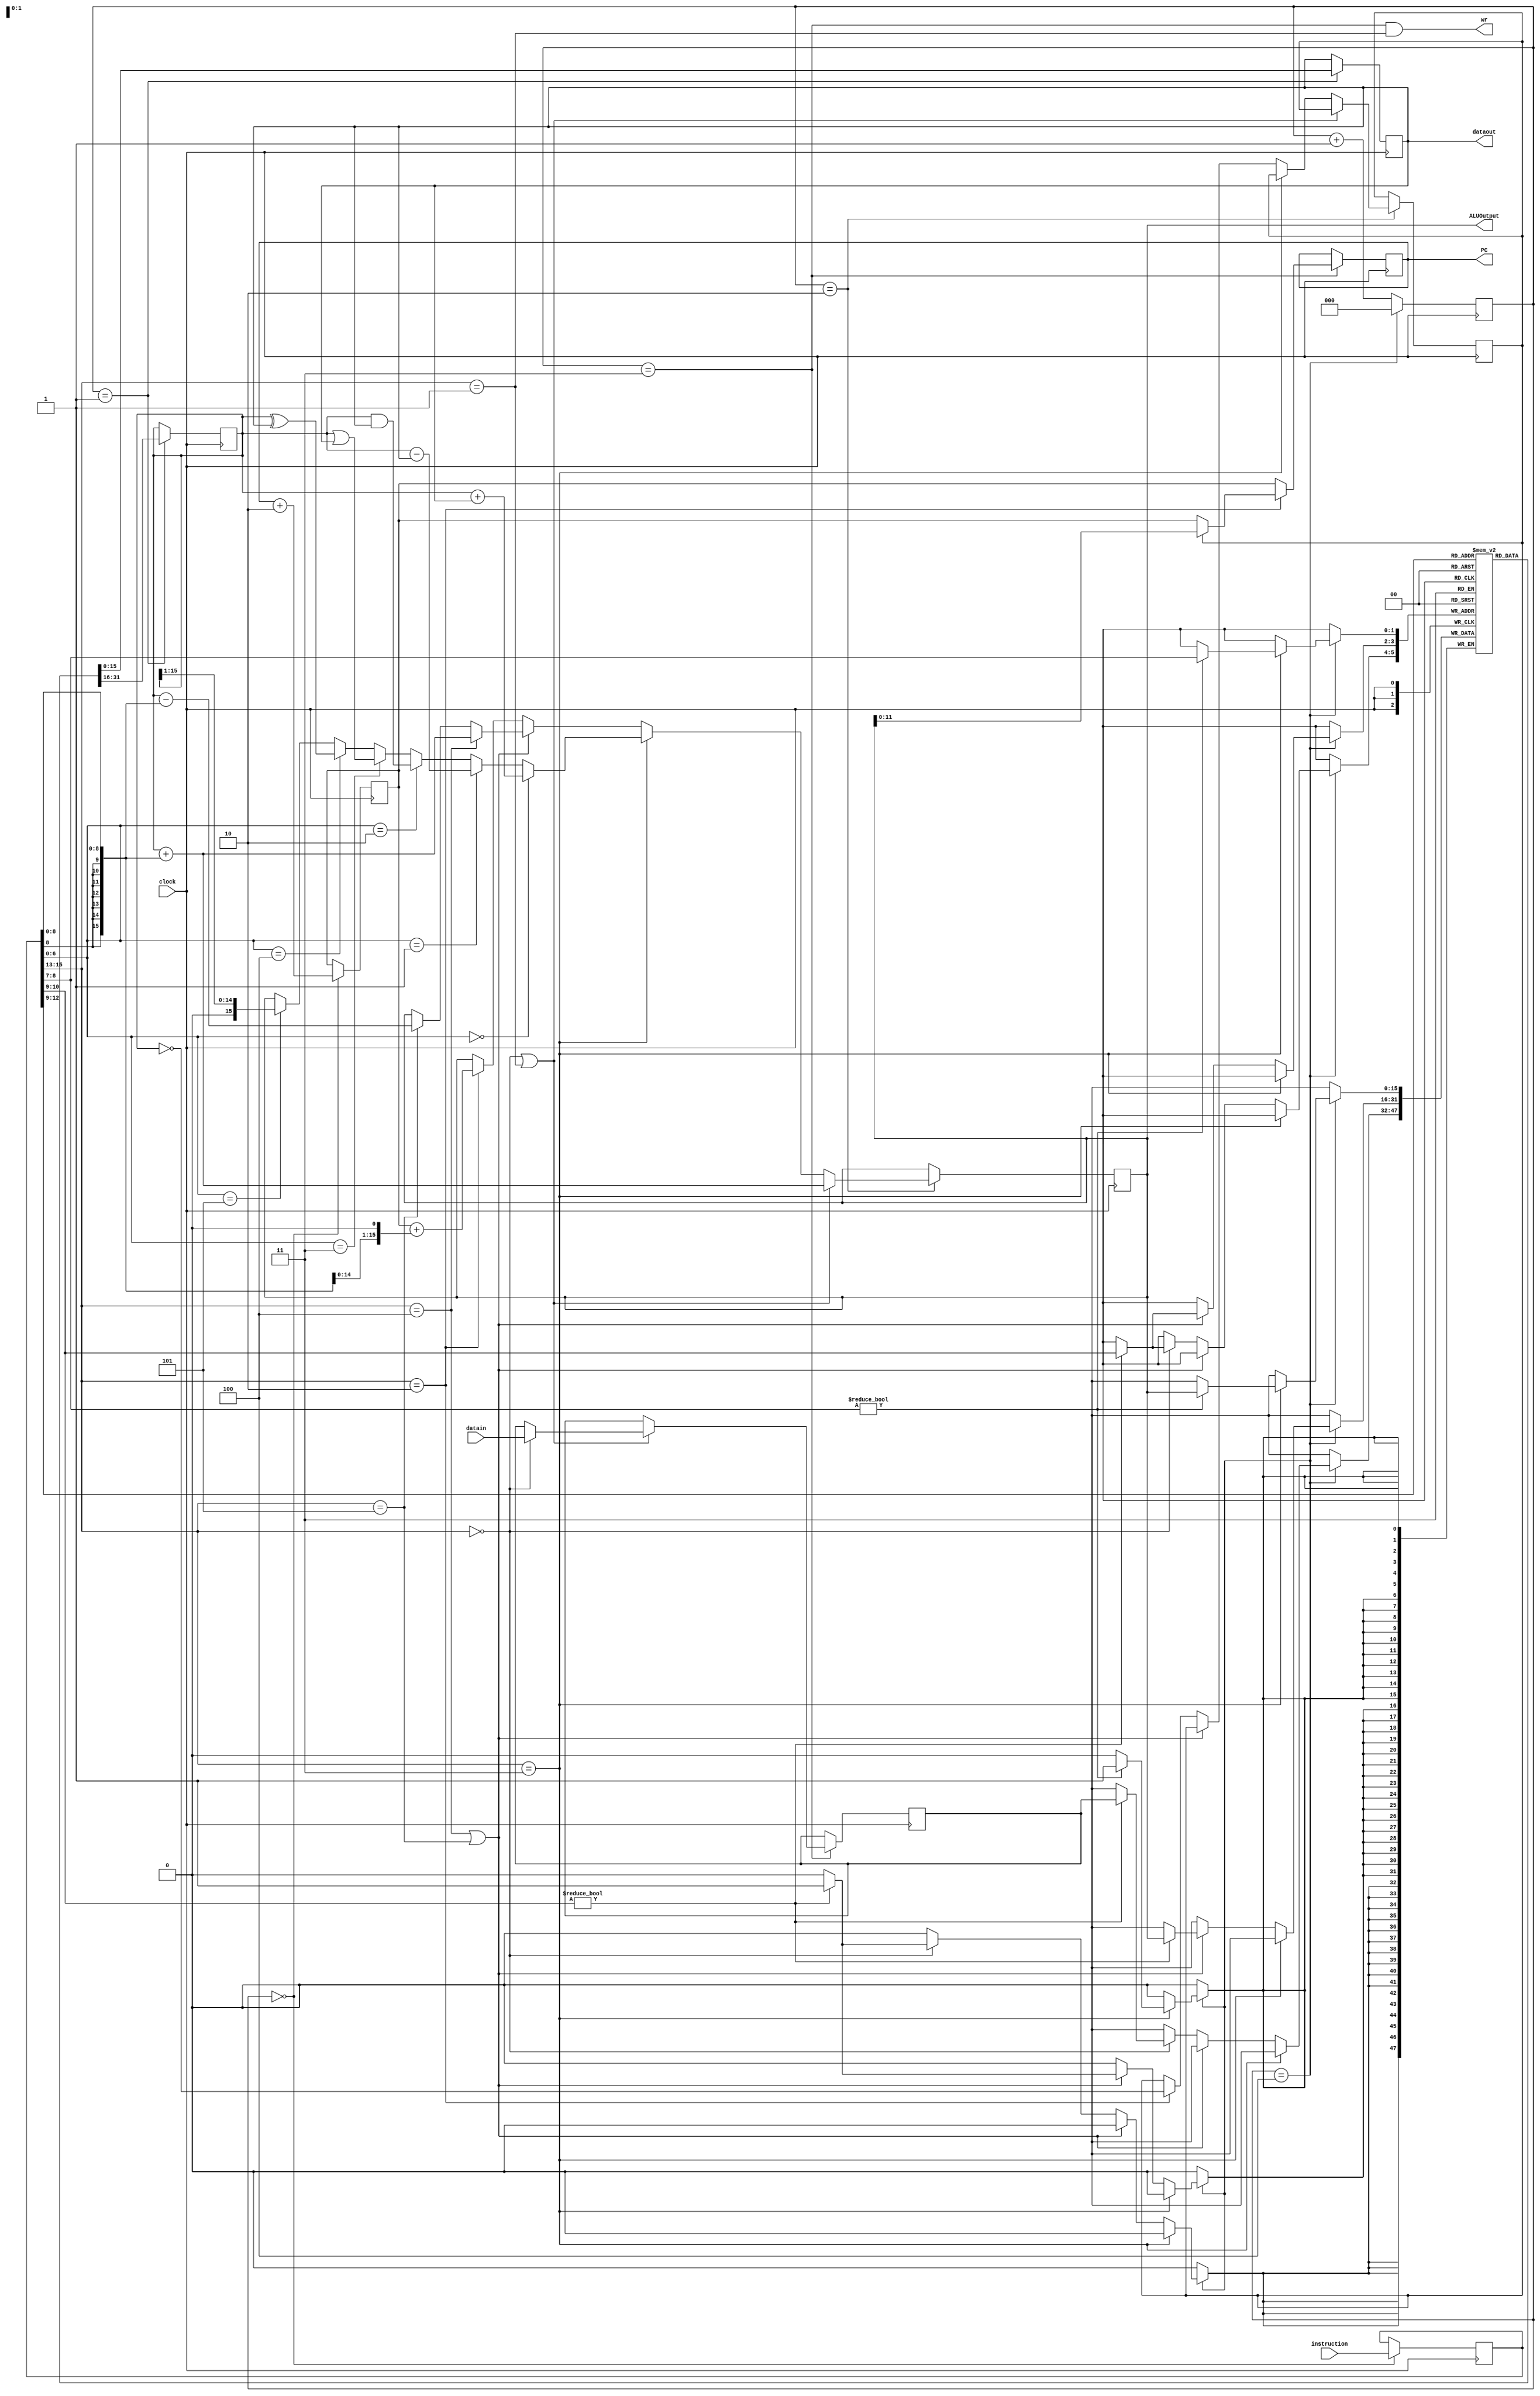
// Very Simple Architecture 16-bit. Revision A.
//

// This very simple microprocessor is vaguely inspired to Hennessy and
// Patterson's DLX. It has been further simplified to make it amenable
// to reachability analysis.
//
// This processor has no pipelining and no interrupts.
// The instruction sets consists of a handful of must-have:
//     LW
//     SW
//     BEQZ
//     ADD(I)  [i.e., both ADD and ADDI]
//     SUB(I)
//     AND
//     OR
//     XOR
//     SRL
//
// All instructions are 16 bits and they have one of two formats (width of
// the fields in parentheses):
//
// R-format: opcode (3) source1 (2) source2 (2) destination (2) function (7)
// I-format: opcode (3) source1 (2) destination (2) immediate (9)
//
// The R-format instructions are: ADD, SUB, AND, OR, XOR, SRL. 
// The other instructions are I-format.
//
// There are 3 general-purpose 16-bit registers (R1, R2, R3) that can act as
// source or destinations for the various instructions. R0 is always 0.
//
// All instructions execute in exactly 5 clock cycles.
// The program counter has only 12 bits to reduce the sequential depth
// of the FSM.

module vsa16a(clock,PC,instruction,ALUOutput,datain,dataout,wr);
    input	  clock;		// master clock
    output [11:0] PC;			// instruction cache address
    input [0:15]  instruction;		// intruction cache data
    output [15:0] ALUOutput;		// data cache address
    input [15:0]  datain;		// data input bus
    output [15:0] dataout;		// data output bus
    output	  wr;

    reg [15:0]	  Registers[0:3];	// regiter file
    reg [11:0]	  PC;			// program counter
    reg [11:0]	  NPC;			// next program counter
    reg [0:15]	  IR;			// instruction register
    reg [15:0]	  A;			// first ALU operand
    reg [15:0]	  B;			// second ALU operand
    reg [15:0]	  ALUOutput;		// ALU output register
    reg		  Cond;			// comparison result
    reg [15:0]	  LMD;			// load memory data register
    reg [2:0]	  State;		// state for non-pipelined unit
    integer	  i;			// loop index

    // Interesting fields of the instruction register.
    wire [2:0]	  opcode = IR[0:2];
    wire [1:0]	  adFld1 = IR[3:4];
    wire [1:0]	  adFld2 = IR[5:6];
    wire [1:0]	  adFld3 = IR[7:8];
    wire [8:0]	  immFld = IR[7:15];
    wire [6:0]	  funFld = IR[9:15];

    // Control states.
    parameter	  IF = 3'd0,		// instruction fetch
		  ID = 3'd1,		// instruction decode
		  EX = 3'd2,		// execution
		  MEM = 3'd3,		// memory access
		  WB = 3'd4;		// write-back

    // Opcodes.
    parameter	  LW    = 3'd0,
		  SW    = 3'd1,
		  BEQZ  = 3'd2,
		  ALUop = 3'd3,
		  ADDI  = 3'd4,
		  SUBI  = 3'd5;

    // ALU function codes.
    parameter	  ADD = 7'd0,
		  SUB = 7'd1,
		  AND = 7'd2,
		  OR  = 7'd3,
		  XOR = 7'd4,
		  SRL = 7'd5;

    // Decoding of the instruction type.
    wire	  memRef = opcode == LW || opcode == SW;
    wire	  regRegALU = opcode == ALUop;
    wire	  regImmALU = opcode == ADDI || opcode == SUBI;
    wire	  branch = opcode == BEQZ;
    // Immediate operand with sign extension.
    wire [15:0]	  Imm = {{8{immFld[8]}},immFld[7:0]};

    // Combinational outputs.
    assign dataout = B;
    assign wr = (State == MEM) & (opcode == SW);

    // Initial state: all zero.
    initial begin
	for (i = 0; i < 4; i = i + 1)
	    Registers[i] = 16'd0;
	PC = 12'd0;
	NPC = 12'd0;
	IR = 16'd0;
	A = 16'd0;
	B = 16'd0;
	ALUOutput = 16'd0;
	Cond = 1'd0;
	LMD = 16'd0;
	State = IF;
    end // initial begin

    always @ (posedge clock) begin
	case (State)
	  IF: begin
	      NPC = PC + 12'd2;
	      IR = instruction;
	  end // case: IF
	  ID: begin
	      A = Registers[adFld1];
	      B = Registers[adFld2];
	  end // case: ID
	  EX: begin
	      if (memRef) begin
		  ALUOutput = A + Imm;
	      end // if (memRef)
	      else if (regRegALU) begin
		  if (funFld == ADD)
		      ALUOutput = A + B;
		  else if (funFld == SUB)
		      ALUOutput = A - B;
		  else if (funFld == AND)
		      ALUOutput = A & B;
		  else if (funFld == OR)
		      ALUOutput = A | B;
		  else if (funFld == XOR)
		      ALUOutput = A ^ B;
		  else if (funFld == SRL)
		      ALUOutput = {1'd0,A[15:1]};
	      end // if (regRegALU)
	      else if (regImmALU) begin
		  if (opcode == ADDI)
		      ALUOutput = A + Imm;
		  else if (opcode == SUBI)
		      ALUOutput = A - Imm;
	      end // if (regImmALU)
	      else if (branch) begin
		  ALUOutput = {4'd0,NPC} + {Imm,1'b0};
		  Cond = A == 16'd0;
	      end // if (branch)
	  end // case: EX
	  MEM: begin
	      if (memRef) begin
		  if (opcode == LW)
		      LMD = datain;
	      end // if (memRef)
	      if (branch) begin
		  if (Cond)
		      PC = ALUOutput[11:0];
		  else
		      PC = NPC;
	      end else begin
		  PC = NPC;
	      end // else: !if(branch)
	  end // case: MEM
	  WB: begin
	      if (regRegALU) begin
		  if (adFld3 != 2'd0)
		      Registers[adFld3] = ALUOutput;
	      end else if (regImmALU) begin
		  if (adFld2 != 2'd0)
		      Registers[adFld2] = ALUOutput;
	      end else if (opcode == LW) begin
		  if (adFld2 != 2'd0)
		      Registers[adFld2] = LMD;
	      end
	  end // case: WB
	endcase // case (State)
	// State update.
	if (State == 3'd4)
	    State = 3'd0;
	else
	    State = State + 3'd1;
    end // always @ (posedge clock)

endmodule // vsa16a